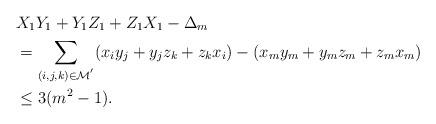
LaTeX: \begin{align*}& X_{1}Y_{1}+Y_{1}Z_{1}+Z_{1}X_{1}-\Delta_{m}\\& ={\sum\limits_{(i,j,k)\in\mathcal{M}^{^{\prime}}}}(x_{i}y_{j}+y_{j}z_{k}+z_{k}x_{i})-(x_{m}y_{m}+y_{m}z_{m}+z_{m}x_{m})\\& \leq3(m^{2}-1). \end{align*}